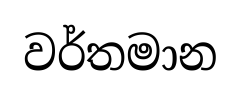
වර්තමාන